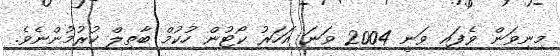
މިނިވަން ވެފައި ވަނީ 2004 ވަނަ އަހަރު ކޯޓުން ހުކުމް ބާތިލް ކުރުމުންނެވެ.